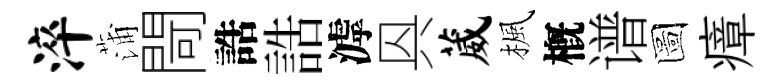
淬蒲閜誥誥滹㒷葳楓槪谱圖瘴